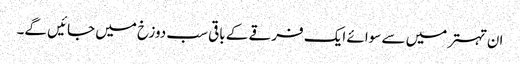
ان تہتر میں سے سوائے ایک فرقے کے باقی سب دوزخ میں جائیں گے۔